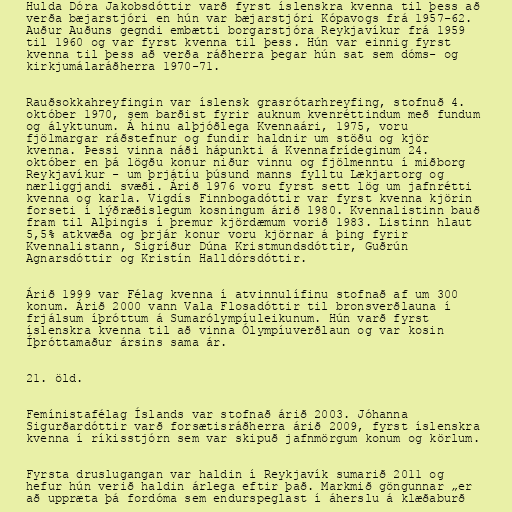
Hulda Dóra Jakobsdóttir varð fyrst íslenskra kvenna til þess að
verða bæjarstjóri en hún var bæjarstjóri Kópavogs frá 1957-62.
Auður Auðuns gegndi embætti borgarstjóra Reykjavíkur frá 1959
til 1960 og var fyrst kvenna til þess. Hún var einnig fyrst
kvenna til þess að verða ráðherra þegar hún sat sem dóms- og
kirkjumálaráðherra 1970-71.

Rauðsokkahreyfingin var íslensk grasrótarhreyfing, stofnuð 4.
október 1970, sem barðist fyrir auknum kvenréttindum með fundum
og ályktunum. Á hinu alþjóðlega Kvennaári, 1975, voru
fjölmargar ráðstefnur og fundir haldnir um stöðu og kjör
kvenna. Þessi vinna náði hápunkti á Kvennafrídeginum 24.
október en þá lögðu konur niður vinnu og fjölmenntu í miðborg
Reykjavíkur - um þrjátíu þúsund manns fylltu Lækjartorg og
nærliggjandi svæði. Árið 1976 voru fyrst sett lög um jafnrétti
kvenna og karla. Vigdís Finnbogadóttir var fyrst kvenna kjörin
forseti í lýðræðislegum kosningum árið 1980. Kvennalistinn bauð
fram til Alþingis í þremur kjördæmum vorið 1983. Listinn hlaut
5,5% atkvæða og þrjár konur voru kjörnar á þing fyrir
Kvennalistann, Sigríður Dúna Kristmundsdóttir, Guðrún
Agnarsdóttir og Kristín Halldórsdóttir.

Árið 1999 var Félag kvenna í atvinnulífinu stofnað af um 300
konum. Árið 2000 vann Vala Flosadóttir til bronsverðlauna í
frjálsum íþróttum á Sumarólympíuleikunum. Hún varð fyrst
íslenskra kvenna til að vinna Ólympíuverðlaun og var kosin
Íþróttamaður ársins sama ár.

21. öld.

Femínistafélag Íslands var stofnað árið 2003. Jóhanna
Sigurðardóttir varð forsætisráðherra árið 2009, fyrst íslenskra
kvenna í ríkisstjórn sem var skipuð jafnmörgum konum og körlum.

Fyrsta druslugangan var haldin í Reykjavík sumarið 2011 og
hefur hún verið haldin árlega eftir það. Markmið göngunnar „er
að uppræta þá fordóma sem endurspeglast í áherslu á klæðaburð